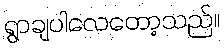
ရွာချပါလေတော့သည်။